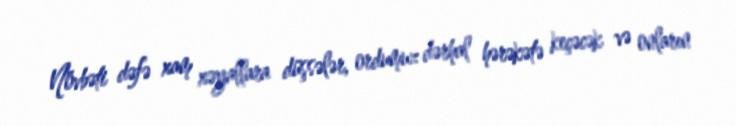
Növbəti dəfə xam xəyallara düşsələr, ordumuz dərhal hərəkətə keçəcək və onların